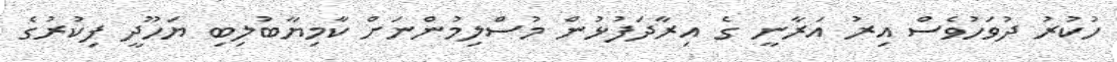
ހުކުރު ދުވަހުވެސް އިރު އަރާނީ ގެ އިރާދަފުޅުން މުސްލިމުންނަށް ކާމިޔާބުލިބި ޔަހޫދީ ފިކުރުގެ